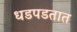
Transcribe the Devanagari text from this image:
धडपडतात